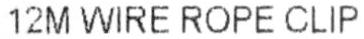
12M WIRE ROPE CLIP